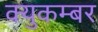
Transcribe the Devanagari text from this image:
क्युकम्बर